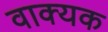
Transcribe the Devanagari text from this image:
वाक्यक